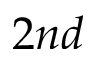
2 n d